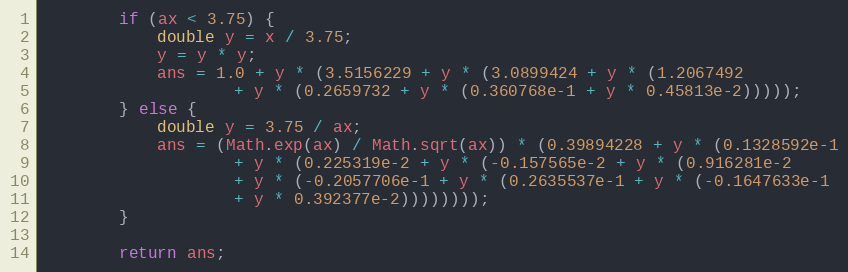
Language: Java
        if (ax < 3.75) {
            double y = x / 3.75;
            y = y * y;
            ans = 1.0 + y * (3.5156229 + y * (3.0899424 + y * (1.2067492
                    + y * (0.2659732 + y * (0.360768e-1 + y * 0.45813e-2)))));
        } else {
            double y = 3.75 / ax;
            ans = (Math.exp(ax) / Math.sqrt(ax)) * (0.39894228 + y * (0.1328592e-1
                    + y * (0.225319e-2 + y * (-0.157565e-2 + y * (0.916281e-2
                    + y * (-0.2057706e-1 + y * (0.2635537e-1 + y * (-0.1647633e-1
                    + y * 0.392377e-2))))))));
        }

        return ans;